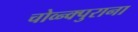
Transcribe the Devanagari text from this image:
चोव्न्क्पुराना